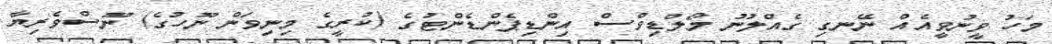
މަހު ވީނުވީއެއް ނޭނގި ގެއްލުނު މޯލްޑިވްސް އިންޑިޕެންޑެންޓުގެ (ކުރީގެ މިނިވަން ނޫހުގެ) ނޫސްވެރިޔާ